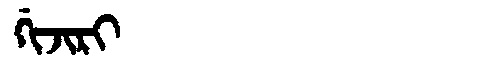
Manchu: ᡤᡳᠵᡳᡵᡳ
Romanization: GIJIRI